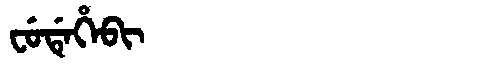
Manchu: ᠸᡠᡩᡝᡥᡝᠪᡳ
Romanization: FUDEHEBI